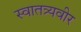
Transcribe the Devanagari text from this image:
स्वातत्र्यवीर